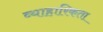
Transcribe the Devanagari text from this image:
व्याहारिकता